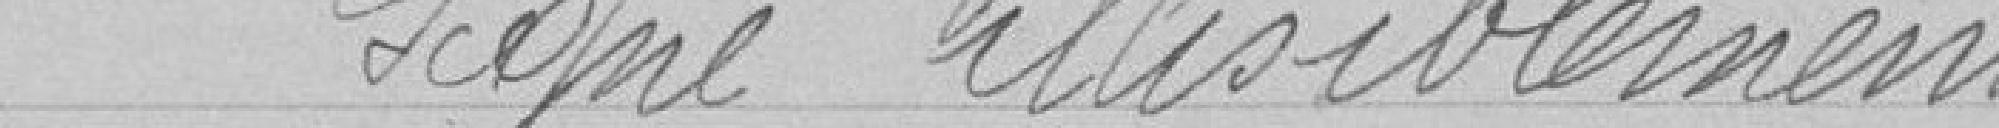
Signé illisiblement.